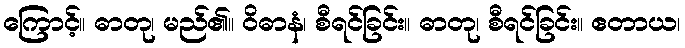
ကြောင့်။ ဓာတု၊ မည်၏။ ဝိဓာနံ၊ စီရင်ခြင်း။ ဓာတု၊ စီရင်ခြင်း။ ဧတာယ၊